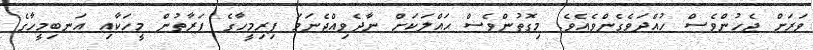
ވަރަށް ޖެހުންވެސް ހުއްދަވެގެންވެއެވެ. މިގޮތުންވެސް ޙައްލަކަށް ނާދެވިއްޖެނަމަ ފިރިމީހާގެ ފަރާތުން މީހަކާއި އަނބިމީހާގެ